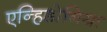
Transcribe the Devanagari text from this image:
एन्हिडोनिया